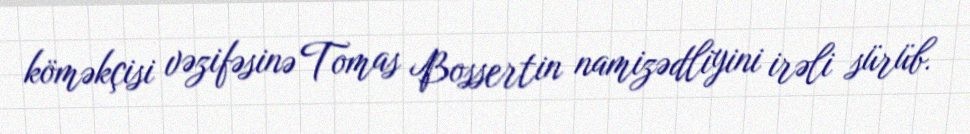
köməkçisi vəzifəsinə Tomas Bossertin namizədliyini irəli sürüb.